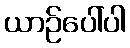
ယာဉ်ပေါ်ပါ